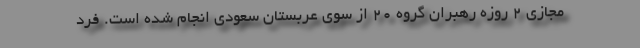
مجازی 2 روزه رهبران گروه 20 از سوی عربستان سعودی انجام شده است. فرد